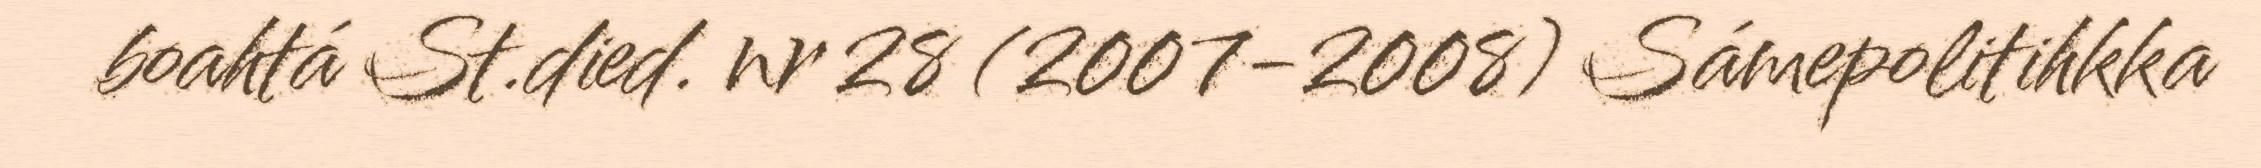
boahtá St.died. nr 28 (2007-2008) Sámepolitihkka